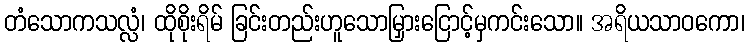
တံသောကသလ္လံ၊ ထိုစိုးရိမ် ခြင်းတည်းဟူသောမြှားငြောင့်မှကင်းသော။ အရိယသာဝကော၊